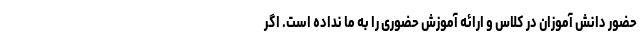
حضور دانش آموزان در کلاس و ارائه آموزش حضوری را به ما نداده است. اگر